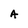
Character: A